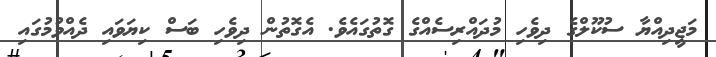
މަޖީދިއްޔާ ސުކޫލްގެ ދިވެހި މުދައްރިސެއްގެ ގޮތުގައެވެ. އެގޮތުން ދިވެހި ބަސް ކިޔަވައި ދެއްވުމުގައި